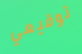
توقيعي